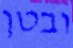
ובטן